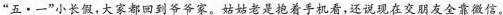
”五 · 一”小长假，大家都回到爷爷家。姑姑老是抱着手机看，还说现在交朋友全靠微信。